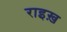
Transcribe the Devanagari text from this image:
राइख़